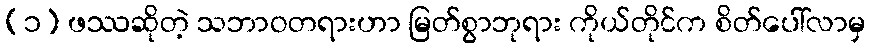
(၁) ဖဿဆိုတဲ့ သဘာဝတရားဟာ မြတ်စွာဘုရား ကိုယ်တိုင်က စိတ်ပေါ်လာမှ